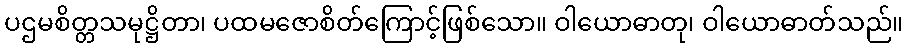
ပဌမစိတ္တသမုဋ္ဌိတာ၊ ပထမဇောစိတ်ကြောင့်ဖြစ်သော။ ဝါယောဓာတု၊ ဝါယောဓာတ်သည်။